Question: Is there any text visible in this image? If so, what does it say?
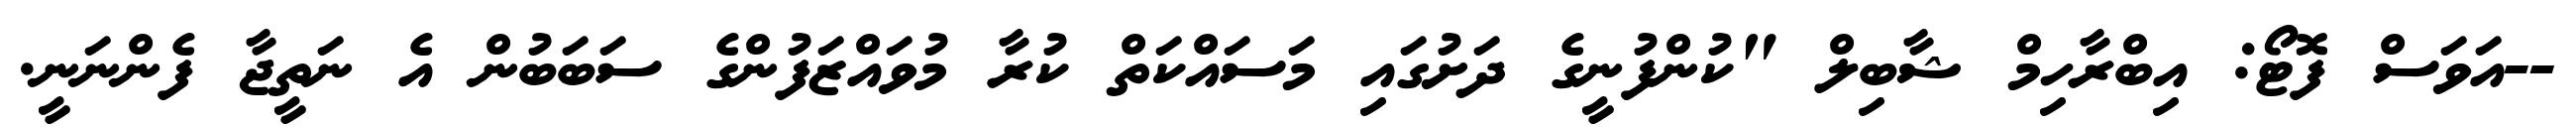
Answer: --އަވަސް ފޮޓޯ: އިބްރާހިމް ޝާބިލް "ކުންފުނީގެ ދަށުގައި މަސައްކަތް ކުރާ މުވައްޒަފުންގެ ސަބަބުން އެ ނަތީޖާ ފެންނަނީ.